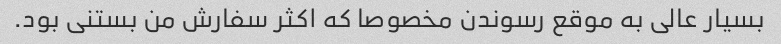
بسیار عالی به موقع رسوندن مخصوصا که اکثر سفارش من بستنی بود.